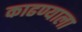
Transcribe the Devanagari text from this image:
काढण्याला